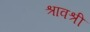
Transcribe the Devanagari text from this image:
श्रावश्री